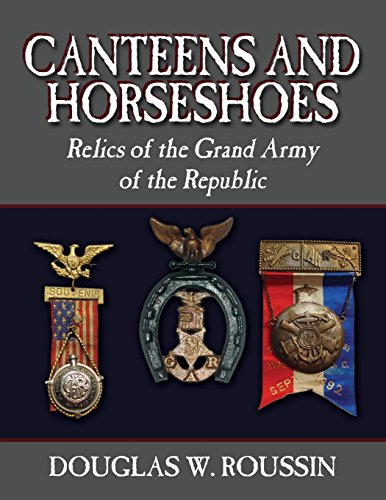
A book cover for Canteens and Horseshoes: Relics of the Grand Army of the Republic; Douglas W. Roussin; Crafts, Hobbies & Home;